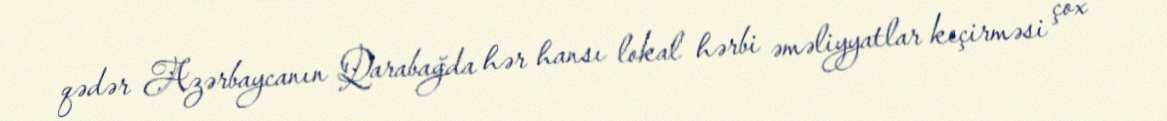
qədər Azərbaycanın Qarabağda hər hansı lokal hərbi əməliyyatlar keçirməsi çox